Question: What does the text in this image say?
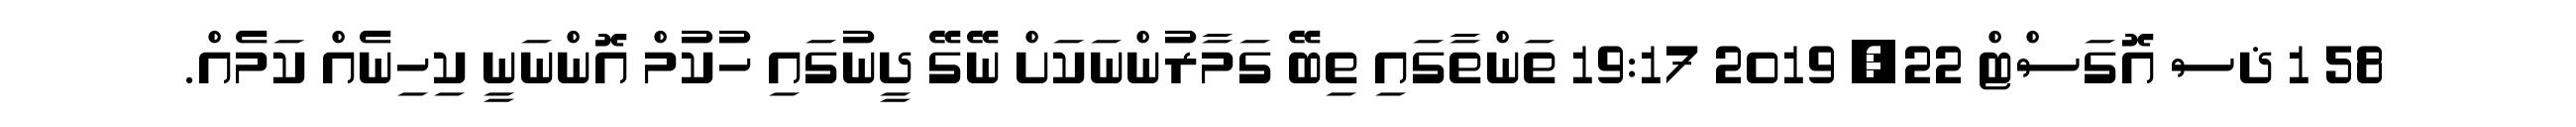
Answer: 58 1 ޛސ އޮގަސްޓް 22, 2019 19:17 ތަންތާގައި ތިބޭ ގަމާރުންނަކަށް ނޭގޭ ދީނުގައި ހުކުމް އޮންނަނީ ކިހިނެއް ކަމެއް.